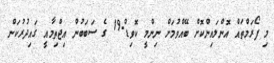
މި ފޯރަމްތައް އޮންލައިންކޮށް ބޭއްވުމަށް ނިންމީ ކޮވިޑް-19 ގެ ސަބަބުން އިޖްތިމާއީ ގައިދުރުކަން